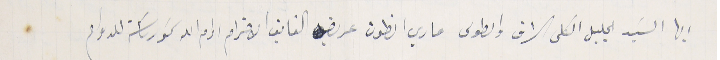
ايها السَيد الجليل الكلى الشرف والطوىى ماري انطون عريضه الفايق الاحترام ادام الله سَمو رىاسَته للدوام